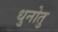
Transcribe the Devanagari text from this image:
धुनोतु